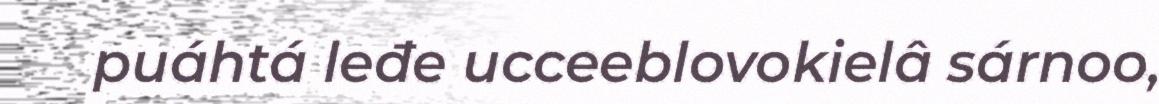
puáhtá leđe ucceeblovokielâ sárnoo,